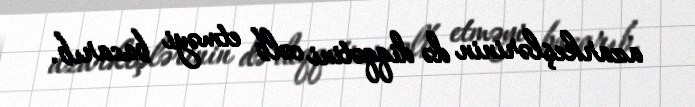
azarkeşlərinin də diqqətini cəlb etməyi bacarıb.